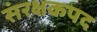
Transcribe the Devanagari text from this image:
संरक्षकपद